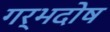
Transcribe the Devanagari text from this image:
गर्भदोष